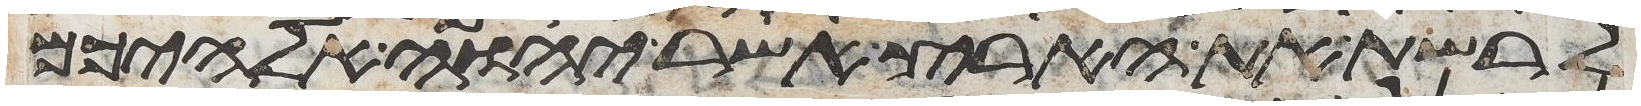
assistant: לרשת את הארץ אשר יהוה אלהיכם